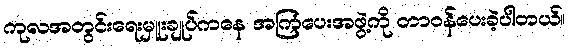
ကုလအတွင်းရေးမှူးချုပ်ကနေ အကြံပေးအဖွဲ့ကို တာဝန်ပေးခဲ့ပါတယ်။